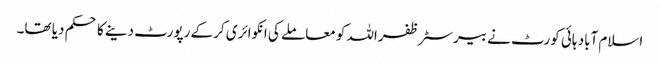
اسلام آباد ہائی کورٹ نے بیرسٹر ظفراللہ کو معاملے کی انکوائری کر کے رپورٹ دینے کا حکم دیا تھا۔